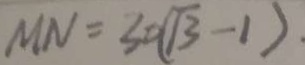
M N = 3 0 ( \sqrt { 3 } - 1 )